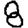
Digit: 8